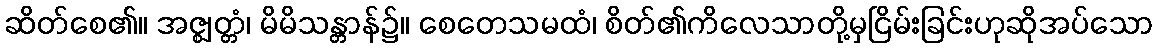
ဆိတ်စေ၏။ အဇ္ဈတ္တံ၊ မိမိသန္တာန်၌။ စေတေသမထံ၊ စိတ်၏ကိလေသာတို့မှငြိမ်းခြင်းဟုဆိုအပ်သော